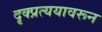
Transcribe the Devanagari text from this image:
दृक्प्रत्ययावरून